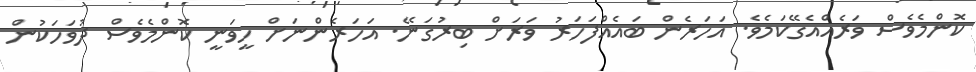
ކޮންމެވެސް ވަރެއްއެގޭކަމެވެ. އަހަރެން ބައެއްފަހަރު ވަރަށް ބިރުގަނޭ. އަހަރެންނަށް ހީވަނީ ކޮންމެވެސް ދުވަހަކުން